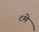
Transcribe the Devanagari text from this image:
८मे